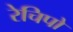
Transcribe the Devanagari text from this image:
रेचिपो